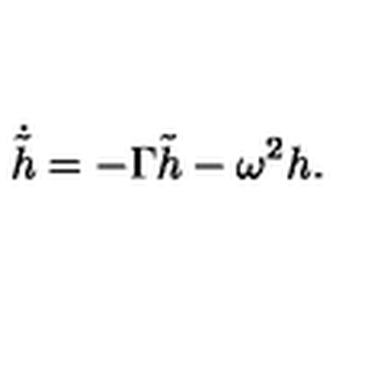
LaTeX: \dot { \tilde { h } } = - \Gamma { \tilde { h } } - \omega ^ { 2 } h .